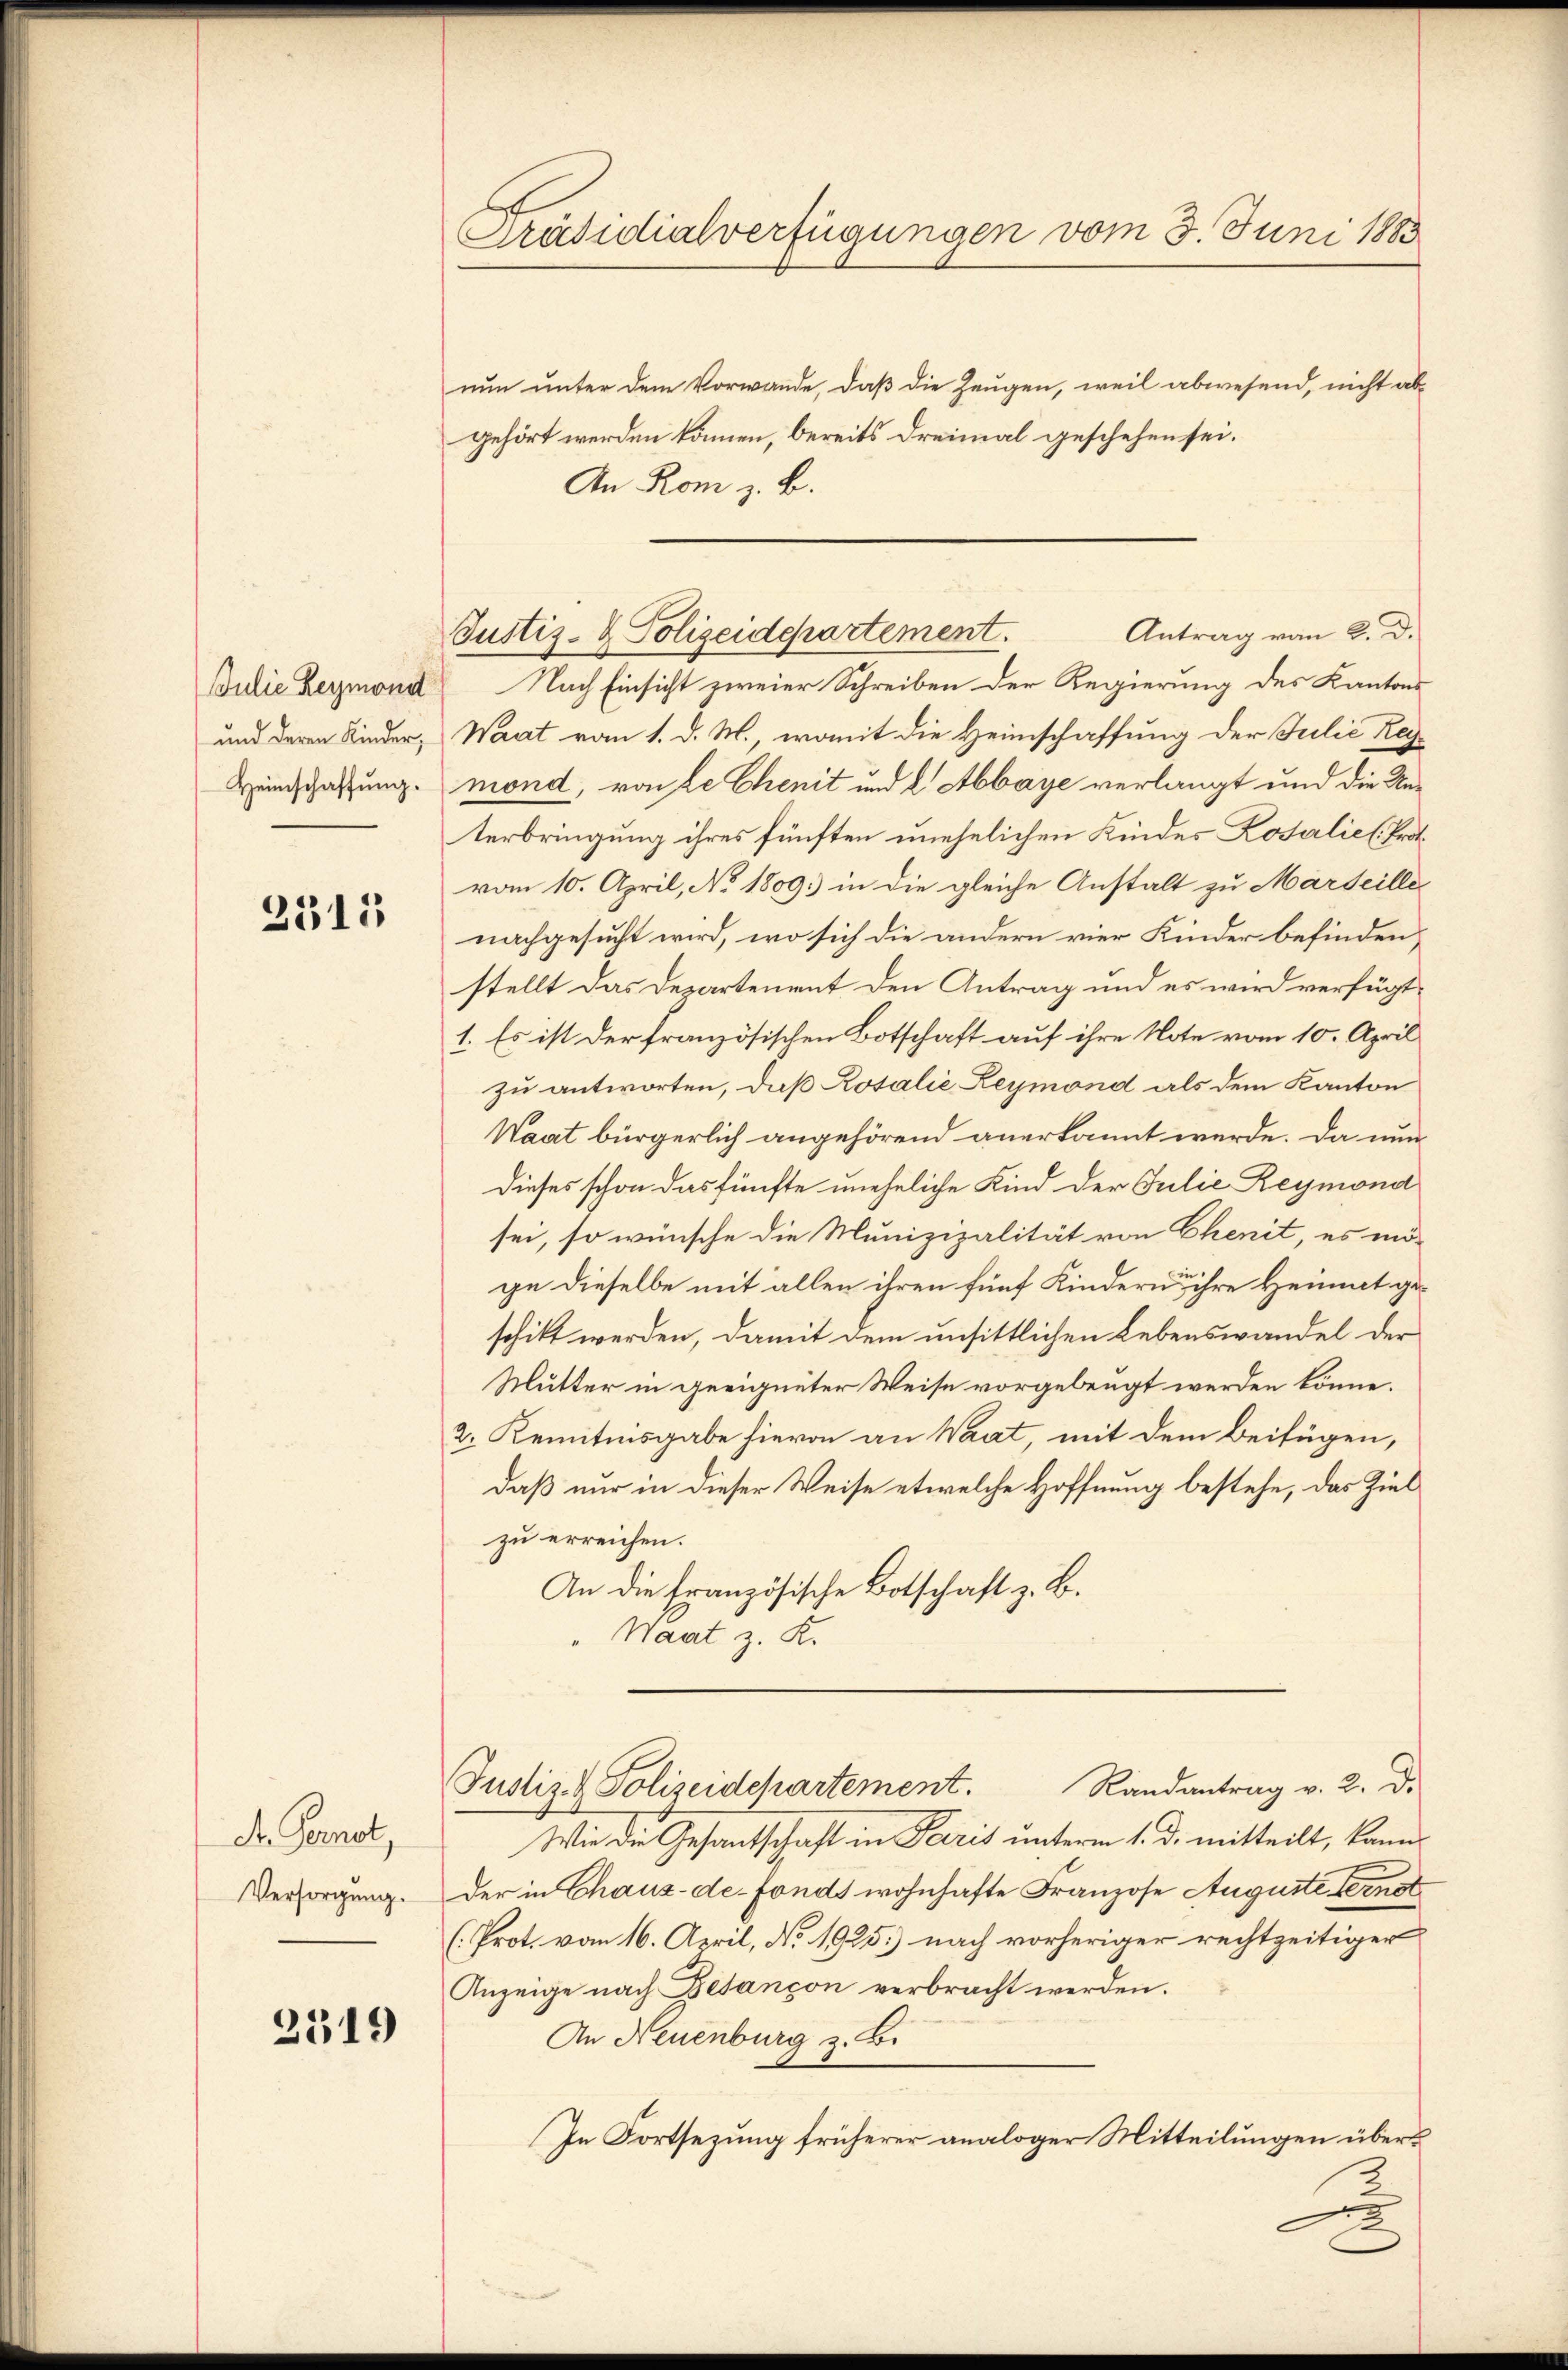
2315

Dr. Fernet,

2319

nun unter dem Vorwande, daß die Zeugen, weil abwesend, nicht abgehört werden können, bereits dreimal geschehen sei.
An Rom z. B.
Julie Reymond Nach Einsicht zweier Schreiben der Regierung des Kantons
und deren Kinder, Waat vom 1. d. M., womit die Heimschaffung der Julić Reg¬
Heinschaffung mond, von de Chenit und 2. Abbaye verlangt und die Unterbringung ihres fünften unehelichen Kindes Losalie (Provom 10. April, No 1809. in die gleiche Anstalt zu Marseille
nachgesucht wird, wo sich die andern vier Kinder befinden,
stellt das Departement den Antrag und es wird verfügt
1. Es ist der französischen Botschaft auf ihre Note vom 10. April
zu antworten, daß Rosalie Reymond als dem Kanton
Waat bürgerlich angehörend anerkannt werde. Da nun
Dieses schon das fünfte uneheliche Kind der Julie Reymond
sei, so wünsche die Munizipalität von Chenit, es mö-
67
ge dieselbe mit allen ihren fünf Kindern ihre Heimat geschikt werden, damit dem unsittlichen Lebenswandel der
Mutter in geeigneter Weise vorgebeugt werden könne.
2. Kenntnisgabe hievon an Waat, mit dem Beifügen,
daß nur in dieser Weise etwelche Hoffnung bestehe, das Ziel
zu erreichen.
An die französische Botschaft z. B.
" Wart z. K.
Randantrag v. 2. d.
Justiz- & Polizeidepartement.
Wie die Gesantschaft in Paris unterm 1. d. mitteilt, kann¬
Versorgung. Der in Chaus-de-Fonds wohnhafte Franzose Auguste fernt
(Prot. vom 16. April, No. 1925.) nach vorheriger rechtzeitiger
Anzeige nach Besançon verbracht werden.
An Neuenburg z. B.
In Fortsezung früherer analoger Mitteilungen über¬
2

Präsidialverfügungen vom 3. Juni 1883

Antrag von 2. d.
Justiz- & Polizeidepartement.